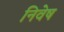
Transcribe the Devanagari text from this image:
निवेष